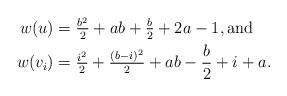
LaTeX: \begin{align*}w(u) &= \tfrac{b^2}2 + ab + \tfrac b2 + 2a-1, \mbox{and}\\w(v_i) &= \tfrac{i^2}2 + \tfrac{(b-i)^2}2 + ab - \frac b2 + i + a.\end{align*}